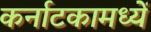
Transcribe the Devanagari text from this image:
कर्नाटकामध्यें